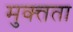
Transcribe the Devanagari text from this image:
मुक्त्तता